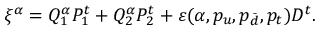
\xi ^ { \alpha } = Q _ { 1 } ^ { \alpha } { \cal P } _ { 1 } ^ { t } + Q _ { 2 } ^ { \alpha } { \cal P } _ { 2 } ^ { t } + \varepsilon ( \alpha , p _ { u } , p _ { \bar { d } } , p _ { t } ) { \cal D } ^ { t } .